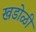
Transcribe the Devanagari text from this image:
खडोळी